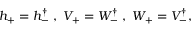
\begin{array} { r } { h _ { + } = h _ { - } ^ { \dagger } \; , \; V _ { + } = W _ { - } ^ { \dagger } \; , \; W _ { + } = V _ { - } ^ { \dagger } , } \end{array}